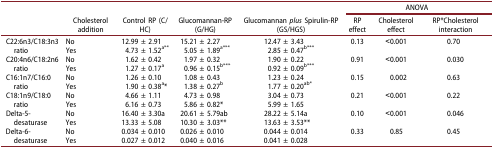
<table><thead><tr><td rowspan="2"><b> </b></td><td rowspan="2"><b>Cholesterol addition</b></td><td rowspan="2"><b>Control RP (C/HC)</b></td><td rowspan="2"><b>Glucomannan-RP (G/HG)</b></td><td rowspan="2"><b>Glucomannan <i>plus</i> Spirulin-RP (GS/HGS)</b></td><td colspan="3"><b>ANOVA</b></td></tr><tr><td><b>RP effect</b></td><td><b>Cholesterol effect</b></td><td><b>RP*Cholesterol interaction</b></td></tr></thead><tbody><tr><td rowspan="2">C22:6n3/C18:3n3 ratio</td><td>No</td><td>12.99 ± 2.91</td><td>15.21 ± 2.27</td><td>12.47 ± 3.43</td><td rowspan="2">0.13</td><td rowspan="2">˂0.001</td><td rowspan="2">0.70</td></tr><tr><td>Yes</td><td>4.73 ± 1.52<sup>a**</sup></td><td>5.05 ± 1.89<sup>a***</sup></td><td>2.85 ± 0.47<sup>b***</sup></td></tr><tr><td rowspan="2">C20:4n6/C18:2n6 ratio</td><td>No</td><td>1.62 ± 0.42</td><td>1.97 ± 0.32</td><td>1.90 ± 0.22</td><td rowspan="2">0.91</td><td rowspan="2">˂0.001</td><td rowspan="2">0.030</td></tr><tr><td>Yes</td><td>1.27 ± 0.17<sup>a</sup></td><td>0.96 ± 0.15<sup>b***</sup></td><td>0.92 ± 0.09<sup>b***</sup></td></tr><tr><td rowspan="2">C16:1n7/C16:0 ratio</td><td>No</td><td>1.26 ± 0.10</td><td>1.08 ± 0.43</td><td>1.23 ± 0.24</td><td rowspan="2">0.15</td><td rowspan="2">0.002</td><td rowspan="2">0.63</td></tr><tr><td>Yes</td><td>1.90 ± 0.38<sup>a</sup>*</td><td>1.38 ± 0.27<sup>b</sup></td><td>1.77 ± 0.20<sup>ab*</sup></td></tr><tr><td rowspan="2">C18:1n9/C18:0 ratio</td><td>No</td><td>4.66 ± 1.11</td><td>4.73 ± 0.98</td><td>3.04 ± 0.73</td><td rowspan="2">0.21</td><td rowspan="2">˂0.001</td><td rowspan="2">0.22</td></tr><tr><td>Yes</td><td>6.16 ± 0.73</td><td>5.86 ± 0.82*</td><td>5.99 ± 1.65</td></tr><tr><td rowspan="2">Delta-5-desaturase</td><td>No</td><td>16.40 ± 3.30a</td><td>20.61 ± 5.79ab</td><td>28.22 ± 5.14a</td><td rowspan="2">0.10</td><td rowspan="2">˂0.001</td><td rowspan="2">0.046</td></tr><tr><td>Yes</td><td>13.33 ± 5.08</td><td>10.30 ± 3.03**</td><td>13.63 ± 3.53**</td></tr><tr><td rowspan="2">Delta-6-desaturase</td><td>No</td><td>0.034 ± 0.010</td><td>0.026 ± 0.010</td><td>0.044 ± 0.014</td><td rowspan="2">0.33</td><td rowspan="2">0.85</td><td rowspan="2">0.45</td></tr><tr><td>Yes</td><td>0.027 ± 0.012</td><td>0.040 ± 0.016</td><td>0.041 ± 0.028</td></tr></tbody></table>